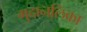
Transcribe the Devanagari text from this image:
गुदानलिका